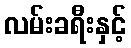
လမ်းခရီးနှင့်